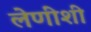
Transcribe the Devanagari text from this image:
लेणींशी